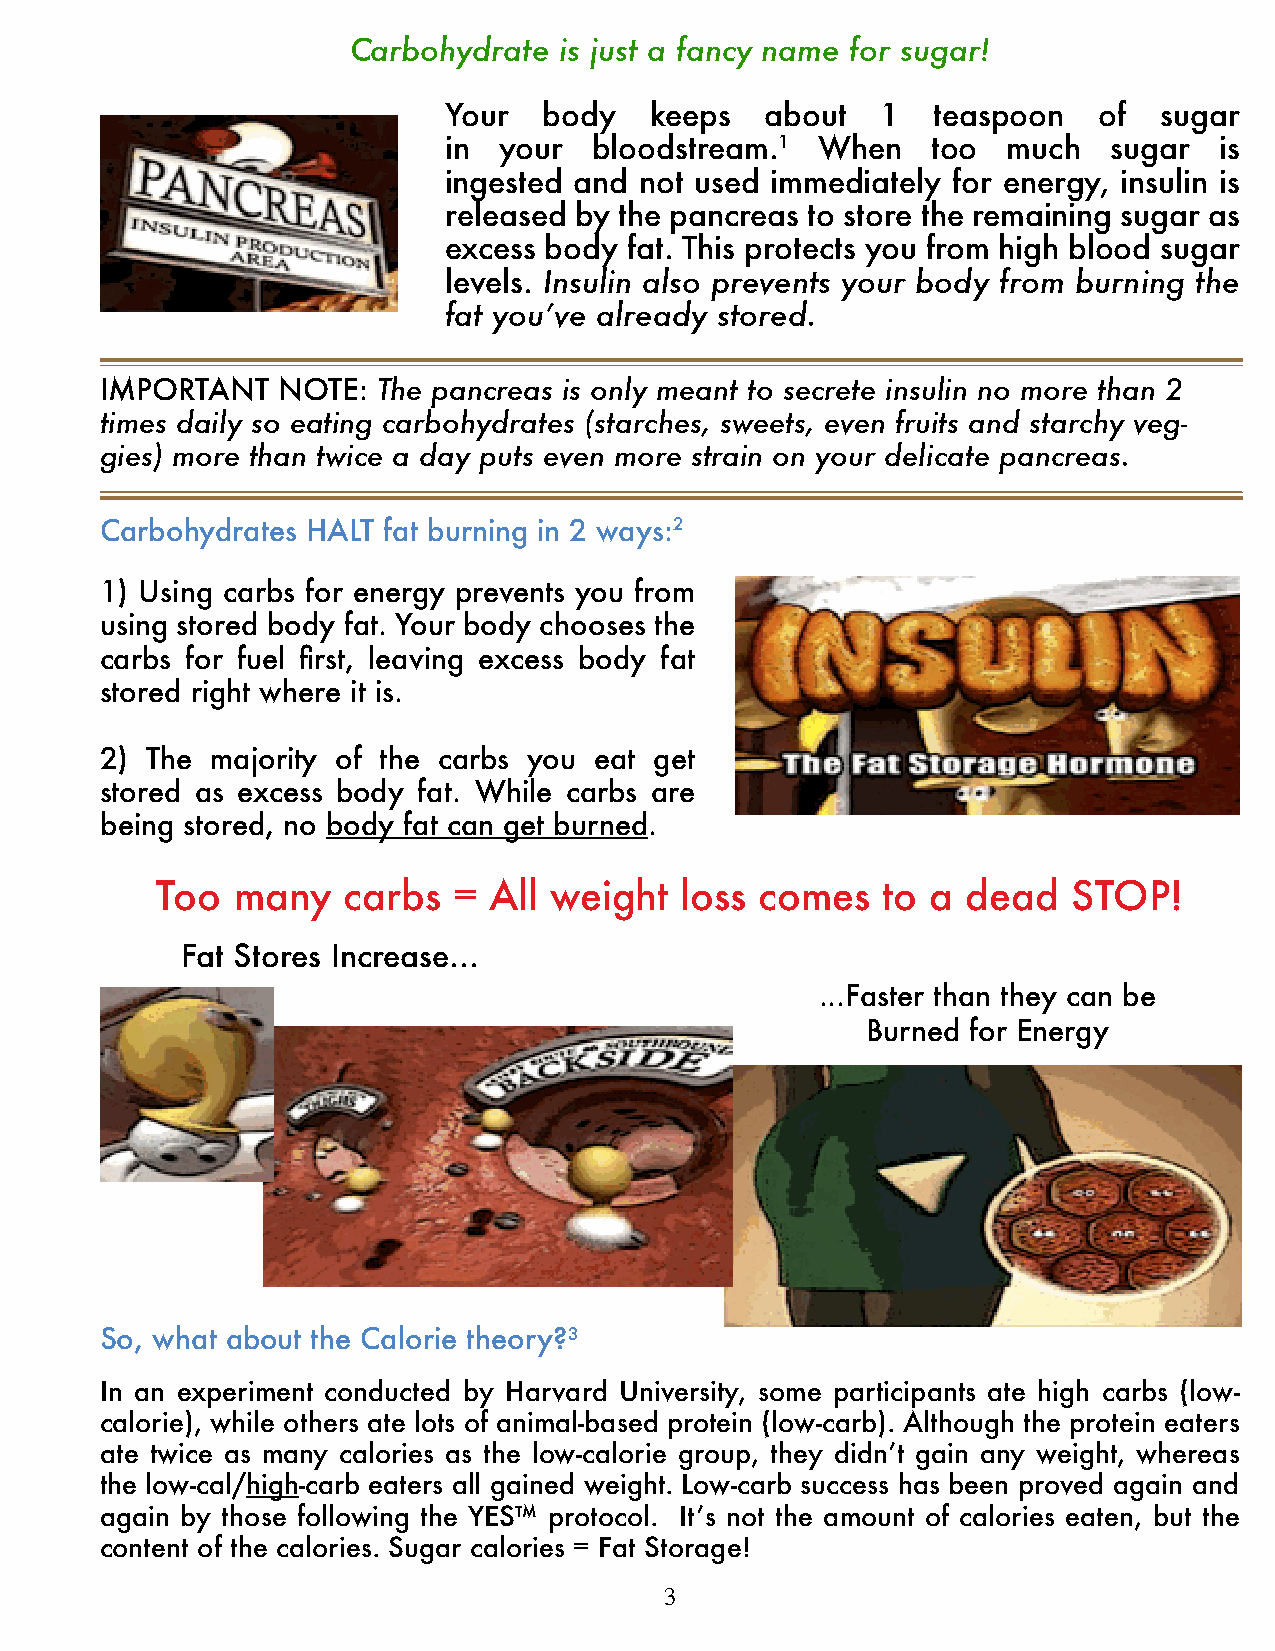
Carbohydrate  is just a fancy name for sugar!
 Your   body   keeps   about  1   teaspoon   of  sugar
 in  your  bloodstream.1  When    too  much   sugar  is
 ingested and not used immediately for energy, insulin is
 released by the pancreas to store the remaining sugar as
 excess body  fat. This protects you from high blood sugar
 levels. Insulin also prevents your body from burning the
 fat you’ve already stored.
 IMPORTANT  NOTE:  The pancreas is only meant to secrete insulin no more than 2
 times daily so eating carbohydrates (starches, sweets, even fruits and starchy veg-
 gies) more than twice a day puts even more strain on your delicate pancreas.
 Carbohydrates HALT fat burning in 2 ways:2
 1) Using carbs for energy prevents you from
 using stored body fat. Your body chooses the
 carbs for fuel first, leaving excess body fat
 stored right where it is.
 2) The majority of the carbs you eat get
 stored as excess body fat. While carbs are
 being stored, no body fat can get burned.
 Too  many    carbs  = All weight   loss comes   to  a dead   STOP!
 Fat Stores Increase...
 ...Faster than they can be
 Burned for Energy
 So, what about the Calorie theory?3
 In an experiment conducted by Harvard University, some participants ate high carbs (low-
 calorie), while others ate lots of animal-based protein (low-carb). Although the protein eaters
 ate twice as many calories as the low-calorie group, they didn’t gain any weight, whereas
 the low-cal/high-carb eaters all gained weight. Low-carb success has been proved again and
 again by those following the YES™ protocol. It’s not the amount of calories eaten, but the
 content of the calories. Sugar calories = Fat Storage!
 3